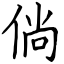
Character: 倘